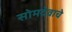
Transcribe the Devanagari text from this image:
सोमदेवाचे